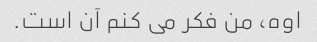
اوه، من فکر می کنم آن است.